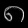
Digit: ၈